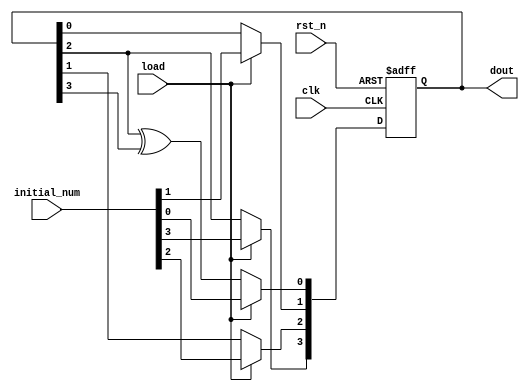
//random number generator used to covergroup

module test25(clk,rst_n,load,initial_num,dout);
	input clk,rst_n;
	input load;
	input [3:0] initial_num;
	output reg [3:0] dout;

	always @(posedge clk or negedge rst_n)
		begin
			if(!rst_n)
				dout<=4'd0;
			else if(load)
				dout<=initial_num;
			else
				begin
					dout[0]<=dout[2]^dout[3];
					dout[1]<=dout[0];
					dout[2]<=dout[1];
					dout[3]<=dout[2];
				end
		end

endmodule